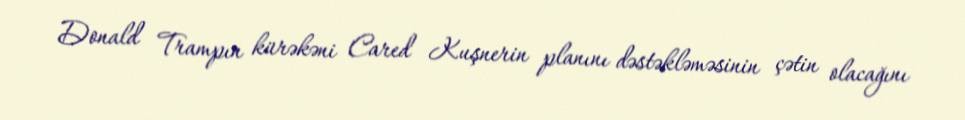
Donald Trampın kürəkəni Cared Kuşnerin planını dəstəkləməsinin çətin olacağını